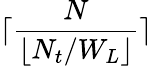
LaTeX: \lceil{\frac{N}{\lfloor{N_{t}/W_{L}}\rfloor}}\rceil